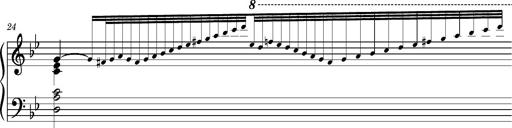
Title: Ungarischer Romanzero
Composer: Franz Liszt